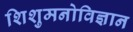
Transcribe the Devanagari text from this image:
शिशुमनोविज्ञान